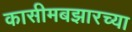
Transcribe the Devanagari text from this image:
कासीमबझारच्या